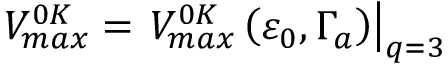
V _ { m a x } ^ { 0 K } = \left. V _ { m a x } ^ { 0 K } \left( \varepsilon _ { 0 } , \Gamma _ { a } \right) \right\vert _ { q = 3 }